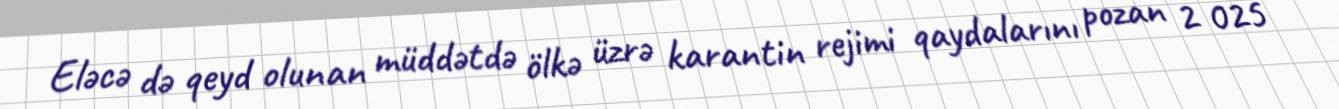
Eləcə də qeyd olunan müddətdə ölkə üzrə karantin rejimi qaydalarını pozan 2 025